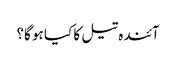
آئندہ تیل کا کیا ہو گا؟